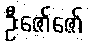
ဦးဇော်ဇော်